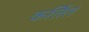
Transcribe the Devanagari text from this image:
कर्तितं